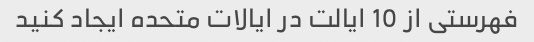
فهرستی از 10 ایالت در ایالات متحده ایجاد کنید